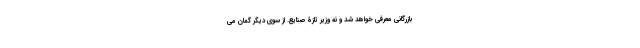
بازرگانی معرفی خواهد شد و نه وزیر تازۀ صنایع. از سوی دیگر گمان می